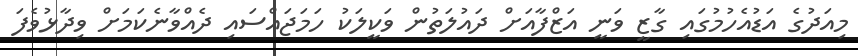
މިއަދުގެ އަޑުއެހުމުގައި ގާޒީ ވަނީ އަޒްފާއަށް ދައުލަތުން ވަކީލަކު ހަމަޖައްސައި ދެއްވާނެކަމަށް ވިދާޅުވެފަ